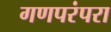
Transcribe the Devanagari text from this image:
गणपरंपरा